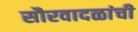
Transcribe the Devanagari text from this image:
सौरवादळांची